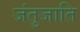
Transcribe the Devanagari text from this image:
जंतुजाति